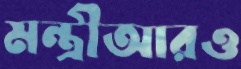
মন্ত্রীআরও